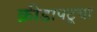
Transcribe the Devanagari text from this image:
क्रीडापटूचा